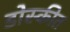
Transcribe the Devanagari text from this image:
डोस्कीत